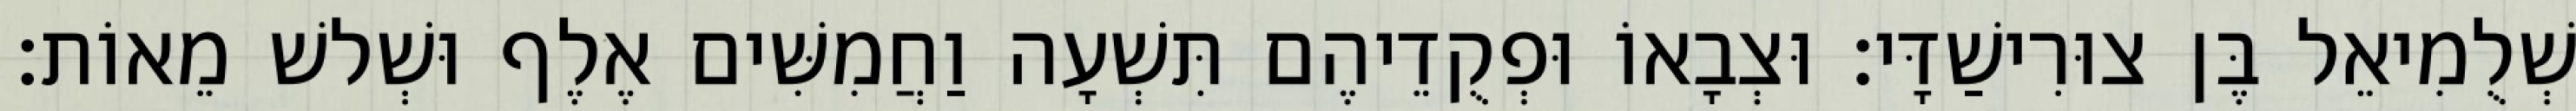
שְׁלֻמִיאֵל בֶּן צוּרִישַׁדָּי׃ וּצְבָאוֹ וּפְקֻדֵיהֶם תִּשְׁעָה וַחֲמִשִּׁים אֶלֶף וּשְׁלשׁ מֵאוֹת׃